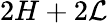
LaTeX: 2H+2\mathcal{L}